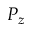
P _ { z }